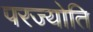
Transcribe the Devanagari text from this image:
परज्योति